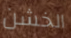
الخشن